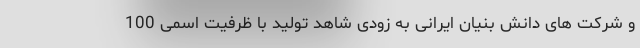
و شرکت های دانش بنیان ایرانی به زودی شاهد تولید با ظرفیت اسمی 100